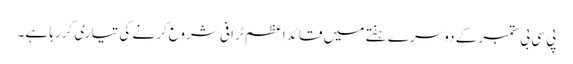
پی سی بی ستمبر کے دوسرے ہفتے میں قائد اعظم ٹرافی شروع کرنے کی تیاری کررہا ہے۔